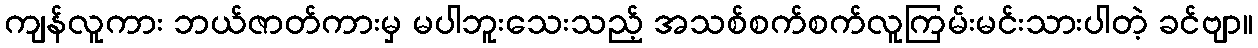
ကျန်လူကား ဘယ်ဇာတ်ကားမှ မပါဘူးသေးသည့် အသစ်စက်စက်လူကြမ်းမင်းသားပါတဲ့ ခင်ဗျာ။